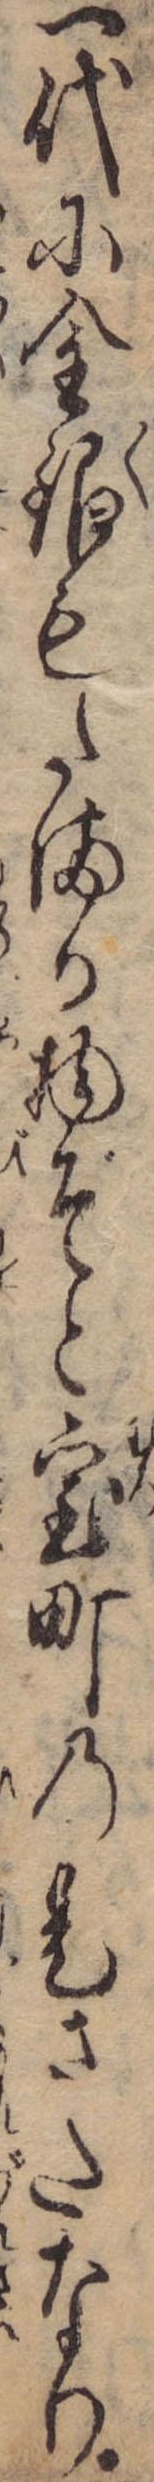
一代に金銀もたまる物ぞと室町の是さたなり